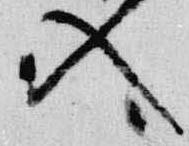
入